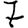
Digit: 7